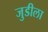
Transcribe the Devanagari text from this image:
जुडीला